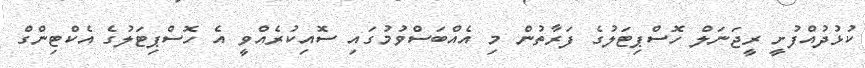
ކުޅުދުއްފުށީ ރީޖަނަލް ހޮސްޕިޓަލުގެ ފަރާތުން މި އެއްބަސްވުމުގައި ސޮއިކުރެއްވީ އެ ހޮސްޕިޓަލުގެ އެކްޓިންގް